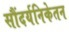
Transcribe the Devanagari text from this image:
सौंदर्यनिकेतन